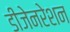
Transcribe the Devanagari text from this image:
डीजेनरेशन